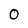
Character: 0